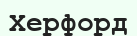
Херфорд